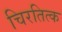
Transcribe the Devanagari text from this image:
चिरतित्क